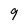
Character: 9